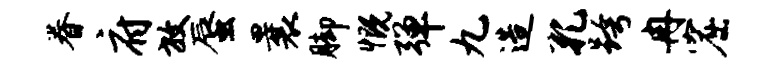
眷府放蜃曩脚慨弹九造孔跨冉窟